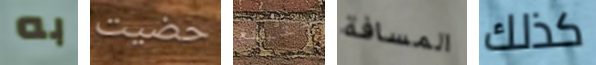
به حضيت ستبلغ المسافة كذلك